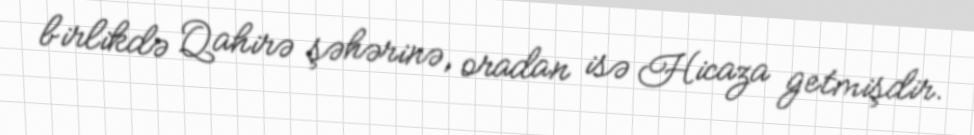
birlikdə Qahirə şəhərinə, oradan isə Hicaza getmişdir.